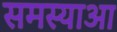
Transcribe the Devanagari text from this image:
समस्याआ